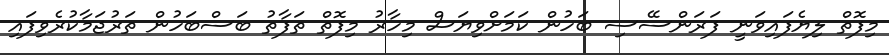
މިފޮތް ލިޔެފައިވަނީ ފަރަންސޭސި ބަހުން ކަމަށްވިޔަސް މިހާރު މިފޮތް ތަފާތު ބަސްބަހުން ތަރުޖަމާކުރެވިފައި